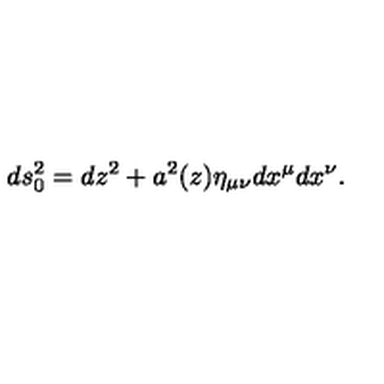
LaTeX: d s _ { 0 } ^ { 2 } = d z ^ { 2 } + a ^ { 2 } ( z ) \eta _ { \mu \nu } d x ^ { \mu } d x ^ { \nu } .